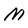
Character: M